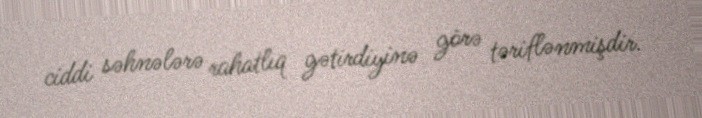
ciddi səhnələrə rahatlıq gətirdiyinə görə təriflənmişdir.